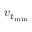
v _ { t _ { \operatorname* { m i n } } }